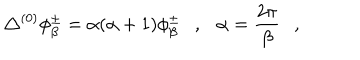
\triangle ^ { ( 0 ) } \phi _ { \beta } ^ { \pm } = \alpha ( \alpha + 1 ) \phi _ { \beta } ^ { \pm } , \alpha = { \frac { 2 \pi } { \beta } } ,